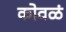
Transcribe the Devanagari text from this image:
कोवळं